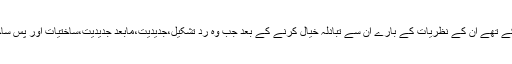
ممتاز فرانسیسی دانشور دریدا (Derrida) اور ماہر بشریات کلاڈ لیوی سٹراس سے وہ مل چکے تھے ان کے نظریات کے بارے ان سے تبادلہ خیال کرنے کے بعد جب وہ رد تشکیل،جدیدیت،مابعد جدیدیت،ساختیات اور پس ساختیات کے بارے میں تجزیہ پیش کرتے تو فکر و نظر کے نئے دریچے وا ہوتے چلے جاتے۔